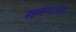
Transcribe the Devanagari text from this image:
म्हवणजेच